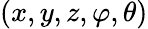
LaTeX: (x,y,z,\varphi,\theta)